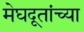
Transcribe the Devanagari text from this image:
मेघदूतांच्या